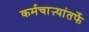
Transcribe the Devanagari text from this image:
कर्मचाऱ्यांतर्फे